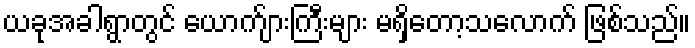
ယခုအခါရွာတွင် ယောက်ျားကြီးများ မရှိတော့သလောက် ဖြစ်သည်။